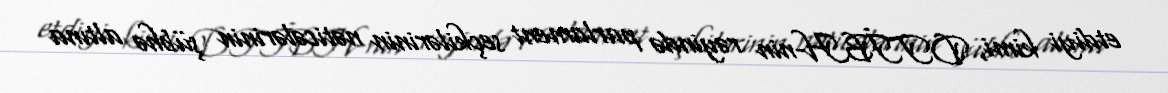
etdiyi kimi, DTİBH-nin rəyində parlament seçkilərinin nəticələrinin şübhə altına